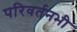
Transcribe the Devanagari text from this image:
परिवर्तनभी